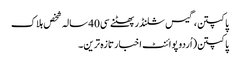
پاکپتن،گیس سلنڈر پھٹنے سی40 سالہ شخص ہلاک
پاکپتن(اُردو پوائنٹ اخبارتازہ ترین۔